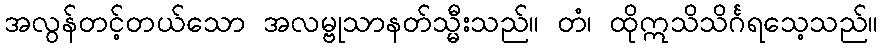
အလွန်တင့်တယ်သော အလမ္ဗုသာနတ်သ္မီးသည်။ တံ၊ ထိုဣသိသိင်္ဂရသေ့သည်။